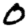
Digit: 0